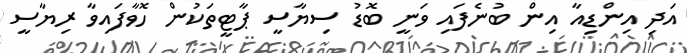
އަދި އިންޑިއާ އިން ބުނެފައި ވަނީ ބޮޑު ސިޔާސީ ޕާޓީތަކުން ހޮވާފައިވާ ރިޔާސީ